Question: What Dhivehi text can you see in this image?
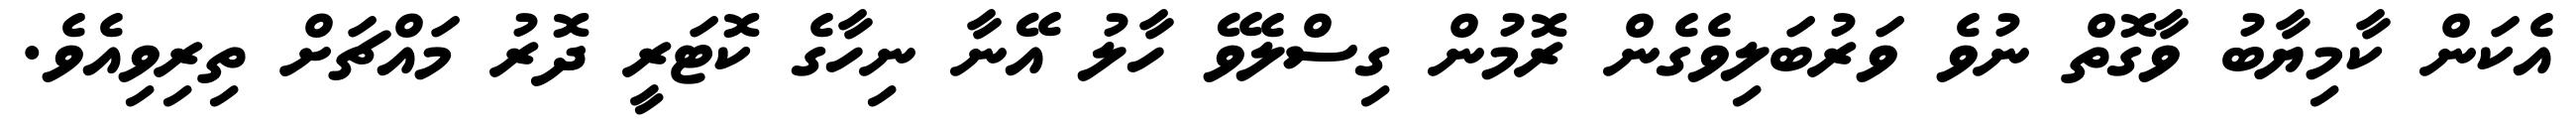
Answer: އެކަން ކާމިޔާބު ވާގޮތް ނުވެ ވަރުބަލިވެގެން ރޮމުން ގިސްލެވޭ ހާލު އޭނާ ނިހާގެ ކޮޓަރީ ދޮރު މައްޗަށް ތިރިވިއެވެ.